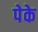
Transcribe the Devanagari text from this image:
पेके